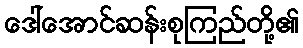
ဒေါ်အောင်ဆန်းစုကြည်တို့၏